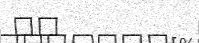
٢٧